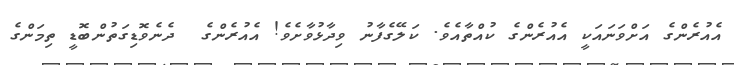
އެއުރެންގެ އަށްވަނައަކީ އެއުރެންގެ ކުއްތާއެވެ. ކަލޭގެފާނު ވިދާޅުވާށެވެ! އެއުރެންގެ  ދެނެވޮޑިގަތުންބޮޑީ ތިމަންގެ